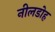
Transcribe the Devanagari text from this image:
नीलडोह